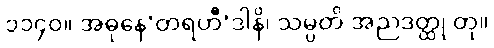
၁၁၄၀။ အဓုနေ’တရဟီ’ဒါနိ၊ သမ္ပတိ အညဒတ္ထု တု။